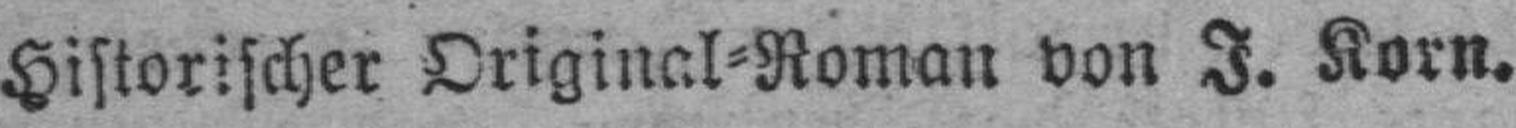
Historischer Original=Roman von J. Korn.